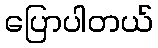
ပြောပါတယ်